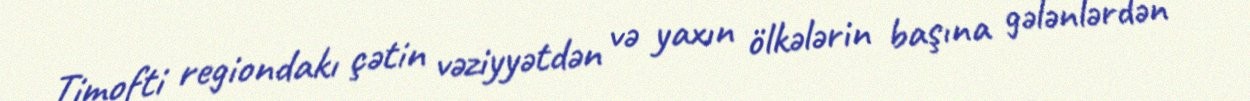
Timofti regiondakı çətin vəziyyətdən və yaxın ölkələrin başına gələnlərdən